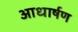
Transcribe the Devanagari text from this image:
आधार्षण